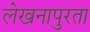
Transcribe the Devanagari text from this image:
लेखनापुरता